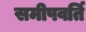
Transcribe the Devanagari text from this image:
समीपवर्ति